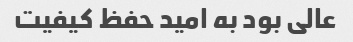
عالی بود به امید حفظ کیفیت